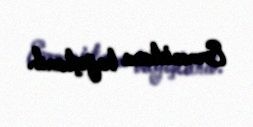
Ermənistana bağışlanıb.